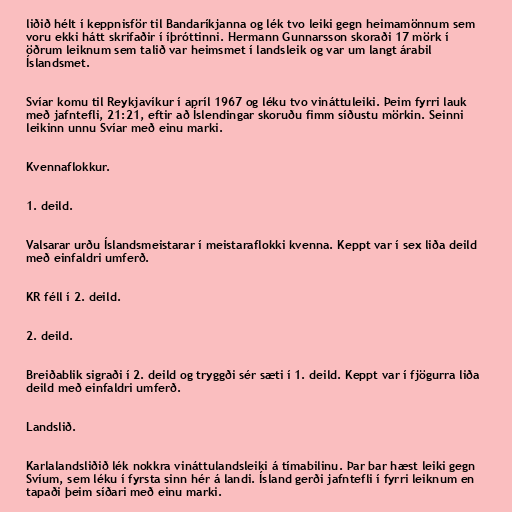
liðið hélt í keppnisför til Bandaríkjanna og lék tvo leiki gegn heimamönnum sem
voru ekki hátt skrifaðir í íþróttinni. Hermann Gunnarsson skoraði 17 mörk í
öðrum leiknum sem talið var heimsmet í landsleik og var um langt árabil
Íslandsmet.

Svíar komu til Reykjavíkur í apríl 1967 og léku tvo vináttuleiki. Þeim fyrri lauk
með jafntefli, 21:21, eftir að Íslendingar skoruðu fimm síðustu mörkin. Seinni
leikinn unnu Svíar með einu marki.

Kvennaflokkur.

1. deild.

Valsarar urðu Íslandsmeistarar í meistaraflokki kvenna. Keppt var í sex liða deild
með einfaldri umferð.

KR féll í 2. deild.

2. deild.

Breiðablik sigraði í 2. deild og tryggði sér sæti í 1. deild. Keppt var í fjögurra liða
deild með einfaldri umferð.

Landslið.

Karlalandsliðið lék nokkra vináttulandsleiki á tímabilinu. Þar bar hæst leiki gegn
Svíum, sem léku í fyrsta sinn hér á landi. Ísland gerði jafntefli í fyrri leiknum en
tapaði þeim síðari með einu marki.